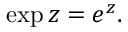
\exp z = e ^ { z } .